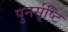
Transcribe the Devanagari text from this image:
पुनर्सृष्टि